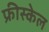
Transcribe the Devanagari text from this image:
फ्रीस्केल